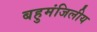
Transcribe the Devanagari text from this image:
बहुमंजिलीय